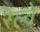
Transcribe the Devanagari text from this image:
रॆल्वे